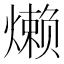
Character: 𬋍